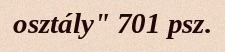
osztály" 701 psz.